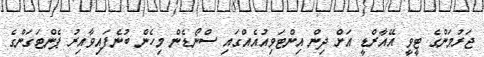
ޖަރުމަންގެ ޓީވީ އޭއާރްޑީ އަށް ދިން އިންޓަވިއުއެއްގައި ސްނޯޑެން މިހެން ބުނެފައިވާއިރު ޕެންޓަގަންގެ